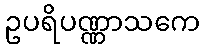
ဥပရိပဏ္ဏာသကေ